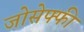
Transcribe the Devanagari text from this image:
जोसेफ्फी